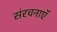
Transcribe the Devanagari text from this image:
संरचनाएॅ